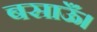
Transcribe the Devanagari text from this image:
बसाऊँ।